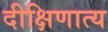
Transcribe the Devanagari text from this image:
दीक्षिणात्य